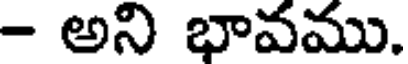
- అని భావము.